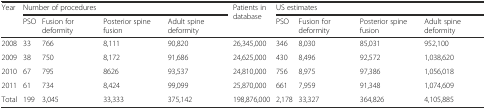
| <ROWSPAN=2> Year | <COLSPAN=4> Number of procedures | <ROWSPAN=2> Patients in database | <COLSPAN=4> US estimates |
 | PSO | Fusion for deformity | Posterior spine fusion | Adult spine deformity | PSO | Fusion for deformity | Posterior spine fusion | Adult spine deformity |
 | --- | --- | --- | --- | --- | --- | --- | --- | --- | --- |
 | 2008 | 33 | 766 | 8,111 | 90,820 | 26,345,000 | 346 | 8,030 | 85,031 | 952,100 |
 | 2009 | 38 | 750 | 8,172 | 91,686 | 24,625,000 | 430 | 8,496 | 92,572 | 1,038,620 |
 | 2010 | 67 | 795 | 8626 | 93,537 | 24,810,000 | 756 | 8,975 | 97,386 | 1,056,018 |
 | 2011 | 61 | 734 | 8,424 | 99,099 | 25,870,000 | 661 | 7,959 | 91,348 | 1,074,609 |
 | Total | 199 | 3,045 | 33,333 | 375,142 | 198,876,000 | 2,178 | 33,327 | 364,826 | 4,105,885 |